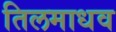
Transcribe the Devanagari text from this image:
तिलमाधव